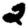
Digit: 2